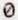
0